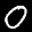
Label: 0